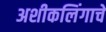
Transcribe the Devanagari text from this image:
अशीकलिंगाचे